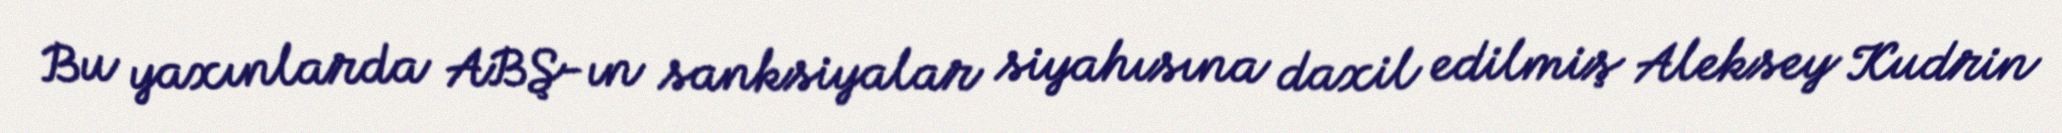
Bu yaxınlarda ABŞ-ın sanksiyalar siyahısına daxil edilmiş Aleksey Kudrin